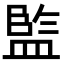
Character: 𭾋